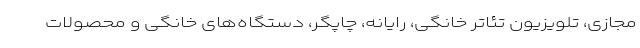
مجازی، تلویزیون تئاتر خانگی، رایانه، چاپگر، دستگاه‌های خانگی و محصولات